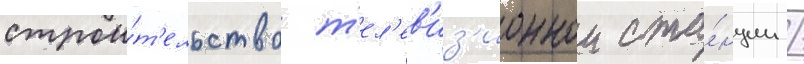
строи́т'ельство т'ел'ев'из'ионнои ста́нции /